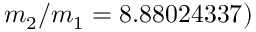
m _ { 2 } / m _ { 1 } = 8 . 8 8 0 2 4 3 3 7 )